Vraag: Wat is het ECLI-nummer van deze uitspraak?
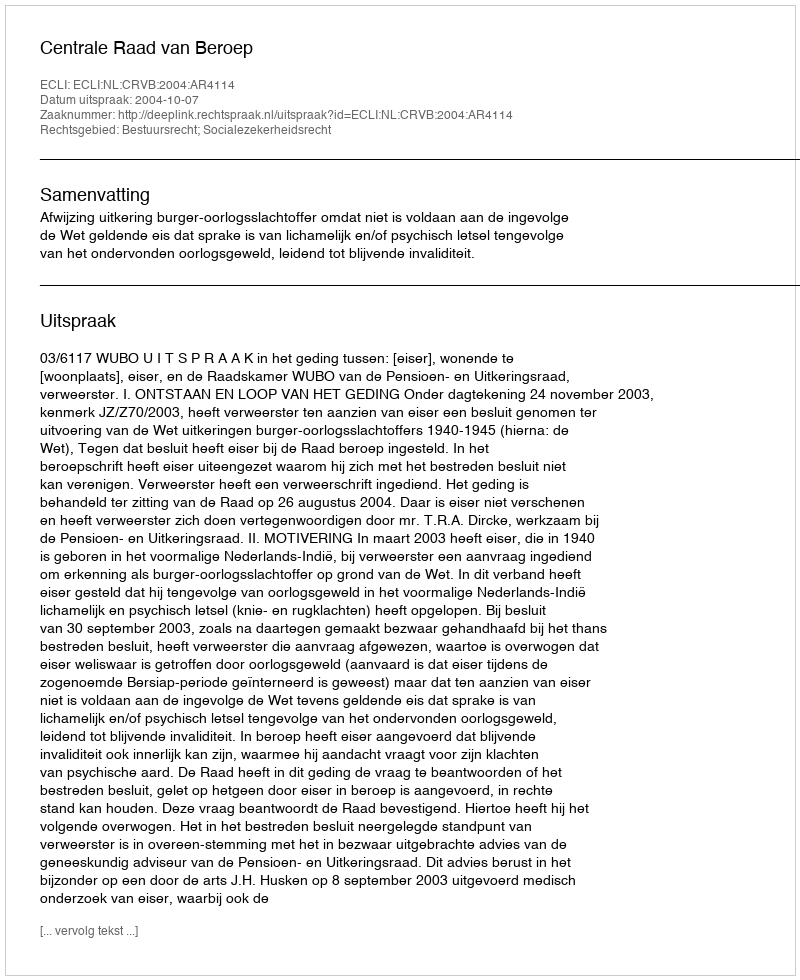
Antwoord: ECLI:NL:CRVB:2004:AR4114